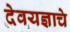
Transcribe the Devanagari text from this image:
देवयज्ञाचे